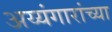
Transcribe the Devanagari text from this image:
अय्यंगारांच्या